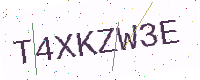
Text: T4XKZW3E